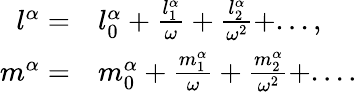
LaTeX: \begin{array}{rl}{l^{\alpha}=}&{{}l_{0}^{\alpha}+\frac{l_{1}^{\alpha}}{\omega}+\frac{l_{2}^{\alpha}}{\omega^{2}}+...,}\\ {m^{\alpha}=}&{{}m_{0}^{\alpha}+\frac{m_{1}^{\alpha}}{\omega}+\frac{m_{2}^{\alpha}}{\omega^{2}}+....}\end{array}